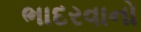
ભાદરવાનો